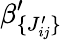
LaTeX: \beta_{\lbrace J_{ij}^{\prime}\rbrace}^{\prime}